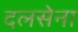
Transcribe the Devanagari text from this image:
दलसेना